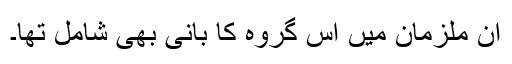
ان ملزمان میں اس گروہ کا بانی بھی شامل تھا۔